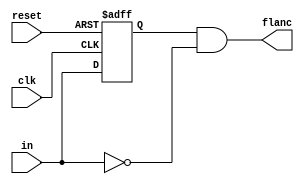
module dflancb(clk, reset, in, flanc);
	
	input clk, in, reset;
	output flanc;
	
	reg anterior;
	
	always @ (posedge clk or posedge reset)
	if (reset) anterior <= 0;
	else anterior <= in;
	
	assign flanc = anterior && !in;
	
endmodule